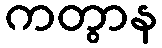
ကတွာန